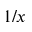
1 / x